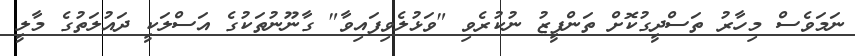
ނަމަވެސް މިހާރު ތަސްދީގުކޮށް ތަންފީޒު ނުކުރެވި "ވަޅުލެވިފައިވާ" ގާނޫނުތަކުގެ އަސްލަކީ ދައުލަތުގެ މާލީ